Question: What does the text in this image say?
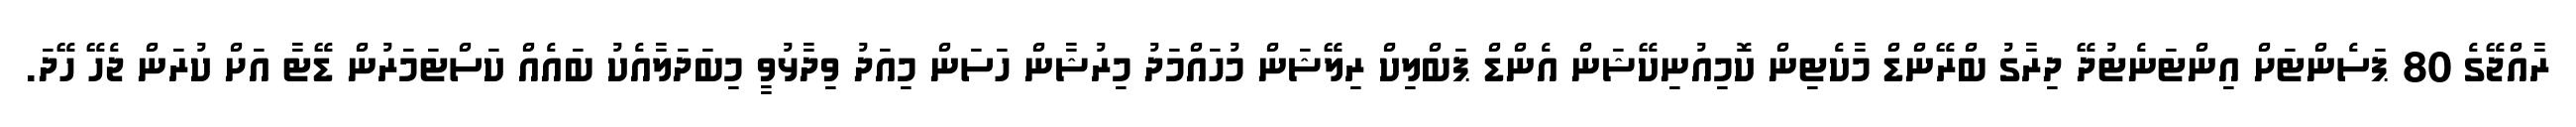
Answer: ރާއްޖޭގެ 80 ޕަސެންޓަށް އިންޓަނެޓުދޭ ދިރާގު ބްރޭންޑް މާކެޓިން ކޮމިއުނިކޭޝަން އެންޑް ޕަބްލިކް ރިލޭޝަން މުހައްމަދު މިރުޝާން ހަސަން މިއަދު ވިދާޅުވީ މިބަދަލާއެކު ބައެއް ކަސްޓަމަރުން ޑޭޓާ އަށް ކުރަން ޖެހޭ ހޭދަ.